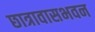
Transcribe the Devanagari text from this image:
छात्रावासभवन